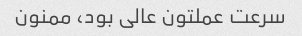
سرعت عملتون عالی بود، ممنون